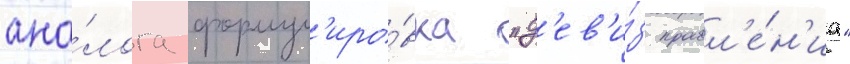
ана́лога формул'иро́вка "д'ев'и́з правл'е́н'иа"